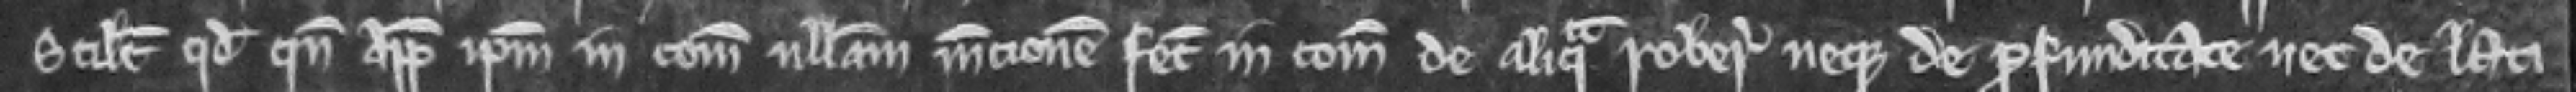
scilicet quod quando appellavit ipsum in comitatu nullam mencionem fecit in comitatu de aliqua roberia neque de profunditate nec de lati